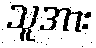
သူအား